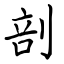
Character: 剖